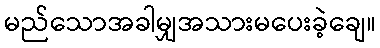
မည်သောအခါမျှအသားမပေးခဲ့ချေ။